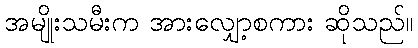
အမျိုးသမီးက အားလျှော့စကား ဆိုသည်။